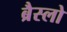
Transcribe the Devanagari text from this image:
ब्रैस्लो